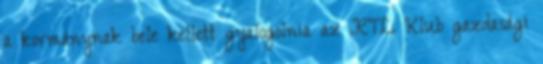
a kormánynak bele kellett gyalogolnia az RTL Klub gazdasági